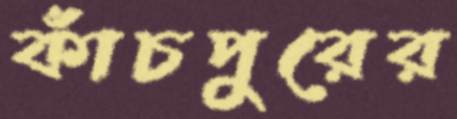
কাঁচপুরের